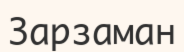
Зарзаман